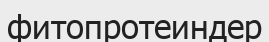
фитопротеиндер